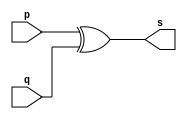
// ------------------------- 
// Exemplo0004 - XOR 
// Nome: Andr Henriques Fernandes 
// ------------------------- 
 
// --------------------- 
// -- xor gate 
// --------------------- 
 
module xorgate (output [0:3] s, 
                             input   [0:3] p, 
                             input   [0:3] q); 
 assign s = p ^ q; 
endmodule // xor 
 
// --------------------- 
// -- test xorgate 
// --------------------- 
module testxorgate; 
// ------------------------- dados locais 
   reg  [0:3] a,b; // definir registrador 
   wire [0:3] s;    // definir conexao (fio) 
// ------------------------- instancia 
   xorgate XOR1 (s, a, b);  
// ------------------------- preparacao 
   initial begin:start 
      a=4'b0011;   // 4 valores binarios 
      b=4'b0101;   // 4 valores binarios 
   end 
 
// ------------------------- parte principal 
   initial begin:main 
      $display("Exemplo 0005 - Andre Henriques Fernandes - 427386"); 
      $display("Test xor gate"); 
      $display("\n  a     ^    b    =     s\n"); 
      $monitor("%b ^ %b = %b", a, b, s); 
  #1  a=0; b=0;    // valores decimais 
  #1  a=4'b0010; b=4'b0001;  // valores binarios 
  #1  a=4'd1;    b=3;    // decimal e decimal 
  #1  a=4'o5;    b=2;    // octal   e decimal 
  #1  a=4'hA;    b=3;    // hexadecimal e decimal 
  #1  a=4'h9;    b=4'o3;    // hexadecimal e octal 
 
 end 
 
endmodule // testxorgate